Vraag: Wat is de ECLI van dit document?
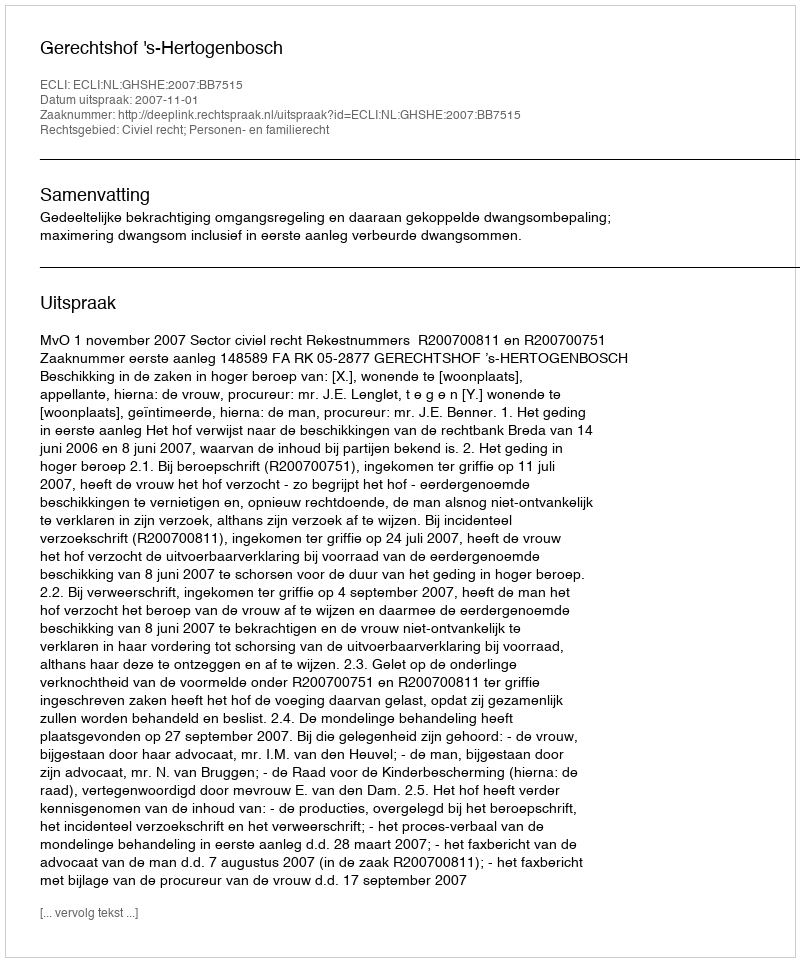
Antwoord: ECLI:NL:GHSHE:2007:BB7515